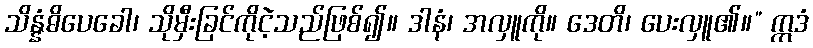
သိန္နံဓိပေခေါ၊ သိုမှီးခြင်ကိုငဲ့သည်ဖြစ်၍။ ဒါနံ၊ အလှူကို။ ဒေတိ၊ ပေးလှူ၏။” ဣဒံ